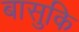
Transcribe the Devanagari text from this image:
बासुकि